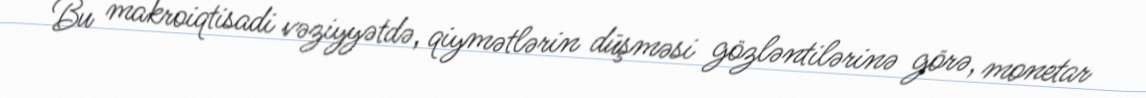
Bu makroiqtisadi vəziyyətdə, qiymətlərin düşməsi gözləntilərinə görə, monetar